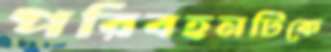
পরিবহনটিকে